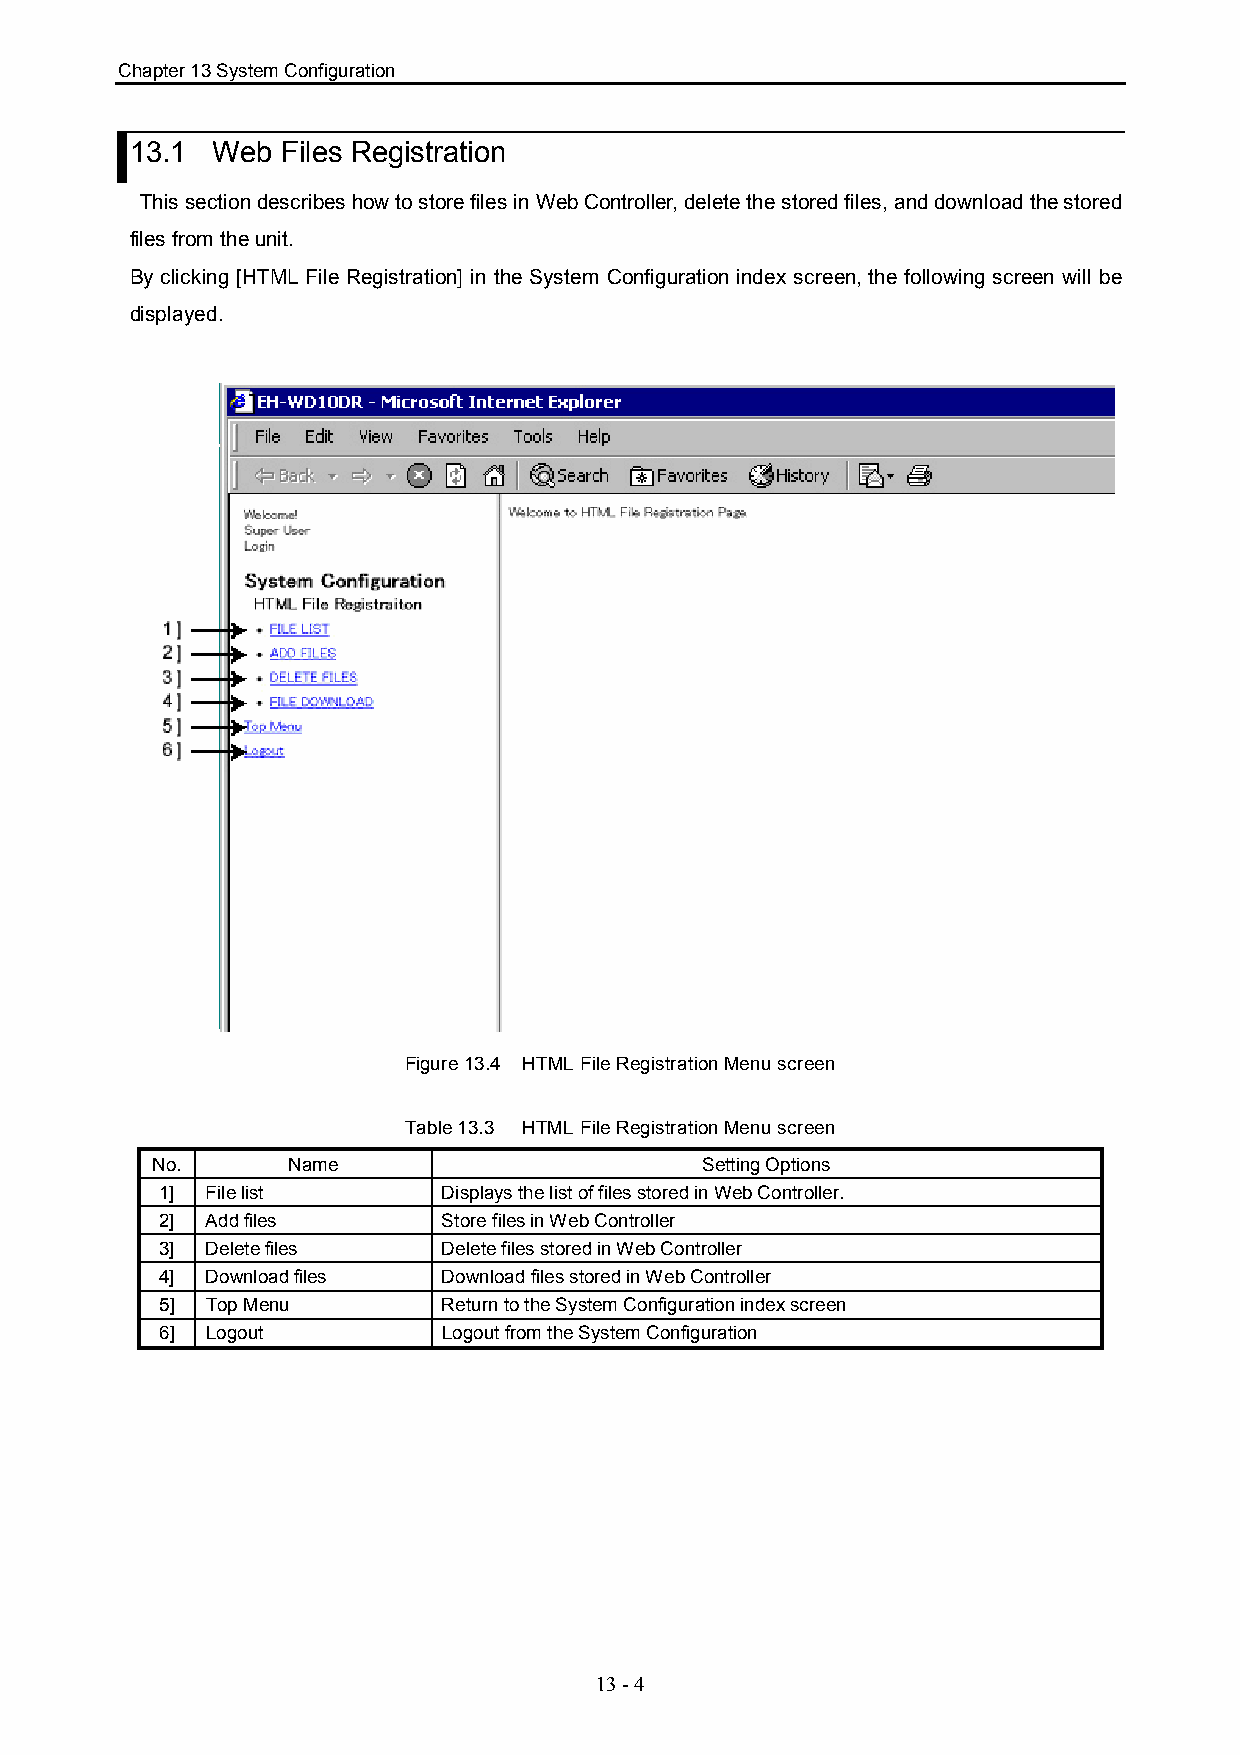
Chapter 13 System Configuration
 13.1 Web  Files Registration
 This section describes how to store files in Web Controller, delete the stored files, and download the stored
 files from the unit.
 By clicking [HTML File Registration] in the System Configuration index screen, the following screen will be
 displayed.
 Figure 13.4 HTML File Registration Menu screen
 Table 13.3 HTML File Registration Menu screen
 No.      Name                       Setting Options
 1] File list      Displays the list of files stored in Web Controller.
 2] Add files      Store files in Web Controller
 3] Delete files   Delete files stored in Web Controller
 4] Download files Download files stored in Web Controller
 5] Top Menu       Return to the System Configuration index screen
 6] Logout         Logout from the System Configuration
 13 - 4